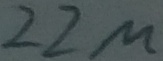
Text: 22µ